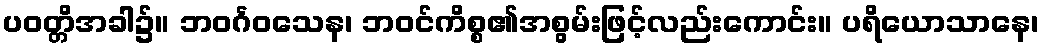
ပဝတ္တိအခါ၌။ ဘဝင်္ဂဝသေန၊ ဘဝင်ကိစ္စ၏အစွမ်းဖြင့်လည်းကောင်း။ ပရိယောသာနေ၊